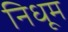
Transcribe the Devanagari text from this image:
निधूम